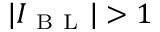
| I _ { \mathrm { ~ B ~ L ~ } } | > 1